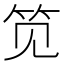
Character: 笕